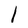
Character: l